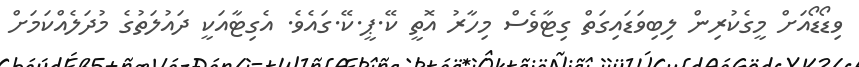
ވިޑޯޑޯއަށް މީގެކުރިން ލިބިވަޑައިގަތް ގިޓާވެސް މިހާރު އޮތީ ކޭ.ޕީ.ކޭ.ގައެވެ. އެގިޓާއަކީ ދައުލަތުގެ މުދަލެއްކަމަށް